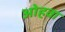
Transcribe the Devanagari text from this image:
ओहवा